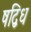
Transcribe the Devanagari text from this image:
षद्विध